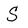
Character: S